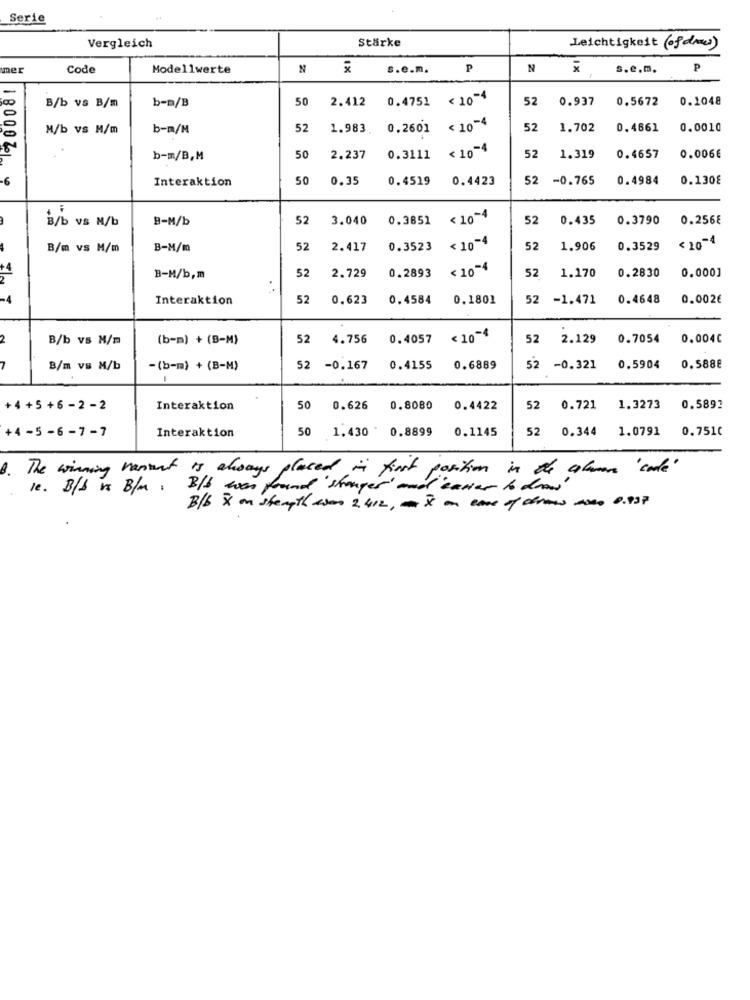
Serie
Stärke
Vergleich
Leichtigkeit (ofdmw)
mer
Code
Modellwerte
s.e.m.
P
N
1X
s.e.m.
P
-
100
b-n/B
50
2.412
0.4751 < 10-4
52
0.937
0.5672
0.1048
B/b vs B/m
0
0
M/b vs M/m
b-m/M
52
1.983.
0.2601
< 10-4
52
1.702
0.4661
0.0010
< 10-4
b-m/B,M
50
2.237
0.3111
52
1.319
0.4657
0.006€
-6
Interaktion
50
0.35
0.4519
0.4423
52
-0.765
0.4984
0.130€
B/b vs N/b
B-M/b
52
3.040
0.3851
< 10-4
52
0.435
0.3790
0.256€
B/m vs M/m
B-M/m
52
2.417
0.3523
< 10-4
52
1.906
0.3529
< 10-4
<10-4
52
0.2830
0.000]
B-M/b,m
52
2.729
0.2893
1.170
-4
Interaktion
52
0.623
0.4584
0.1801
52 -1.471
0.4648
0.002€
2
B/b vs M/m
(b-m) + (B-M)
52
4.756 0.4057 < 10-4
52
2.129
0.7054
0.004C
7
B/m vs M/b
-(b-m) + (B-M)
52
-0.167 0.4155
0.6889
52
-0.321
0.5904
0.588€
+4 +5 +6 - 2 -2
Interaktion
50
0.626
0.8080
0.4422
52
0.721
1.3273
0.5892
+4 -5 - 6 -7 -7
Interaktion
50
1.430 0.8899
0.1145
52 0.344
1.0791
0.751C
B . The winning varient is always placed in first position in the colomer ' code'
1e. B/b is B/m . B/b was found "stronger' and easier to draw
B/b & ou strength woon 2412, mx a case of draw aseo 8.997